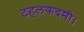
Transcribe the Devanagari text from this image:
टहलकदमी।